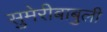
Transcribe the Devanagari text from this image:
सुमेरीबाबुली